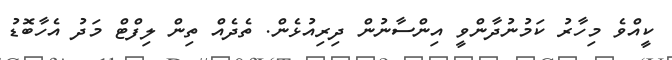
ކީއްވެ މިހާރު ކަމުނުދާންވީ އިންސާނުން ދިރިއުޅެން. ތެދެއް ތިން ލިފްޓް މަދު އެހާބޮޑު